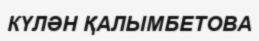
КҮЛӘН ҚАЛЫМБЕТОВА